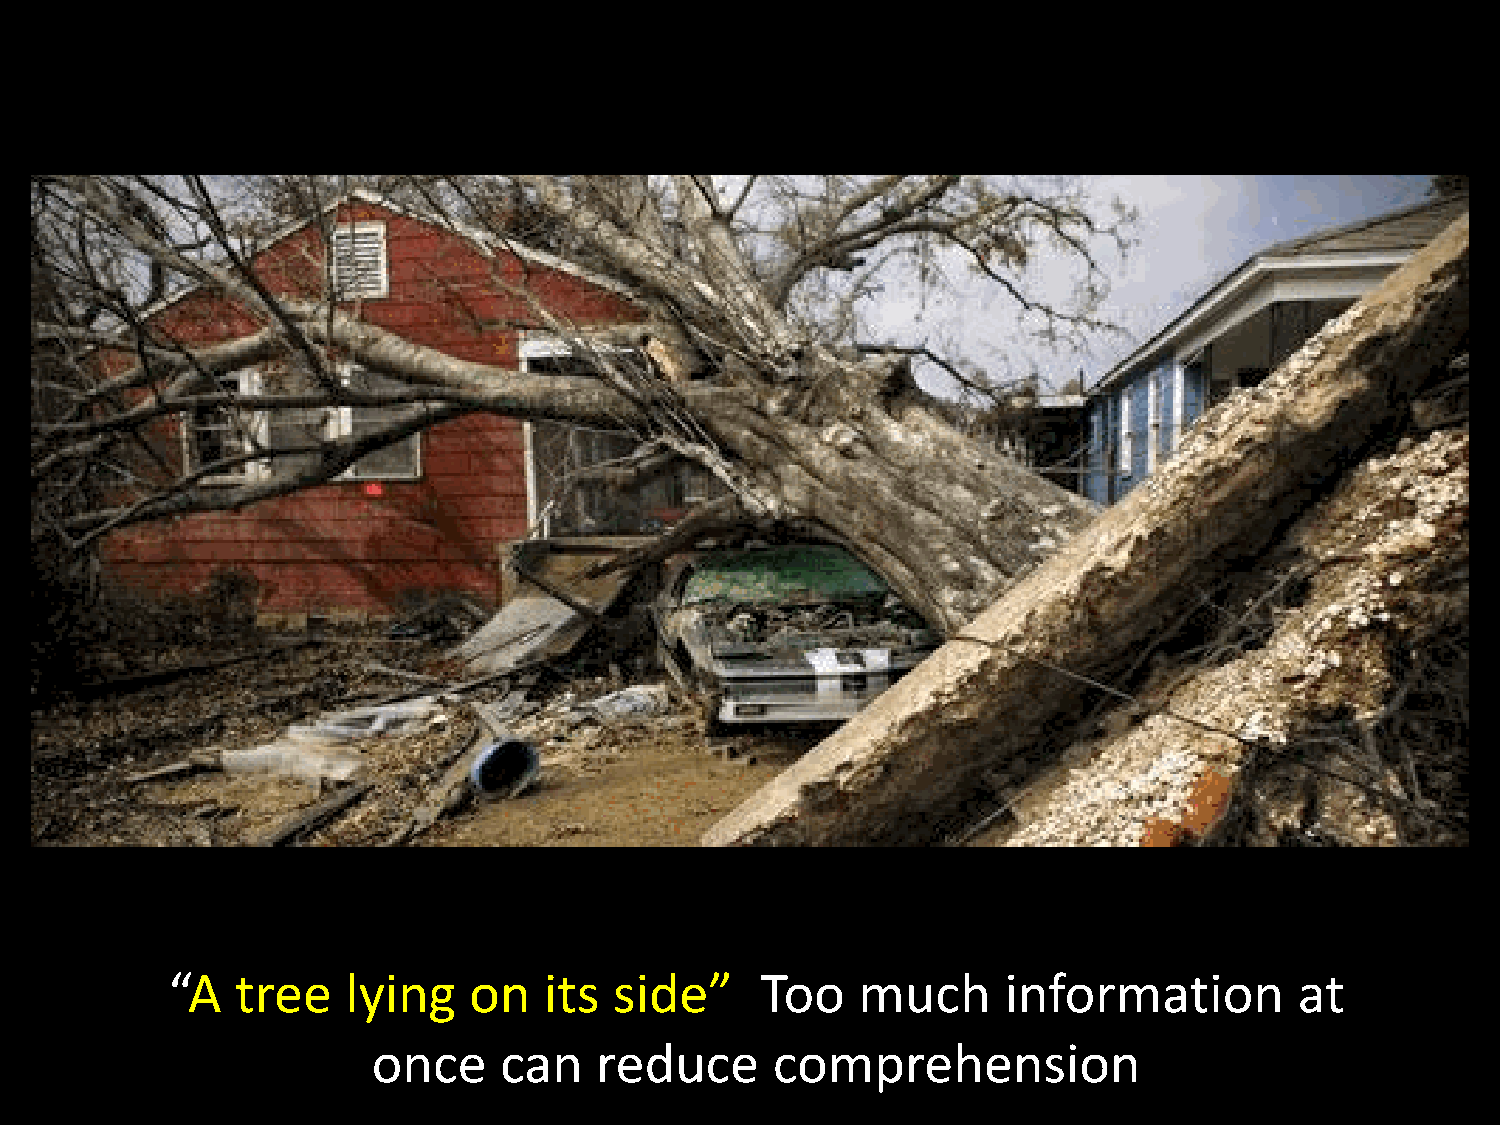
Too    much      information        at
 “A   tree   lying   on   its  side”
 once    can   reduce      comprehension